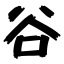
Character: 谷